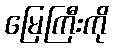
မြေကြီးကို